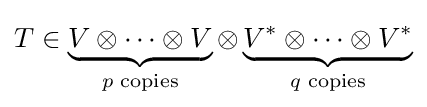
T\in \underbrace {V\otimes \dots \otimes V} _{p{\text{ copies}}}\otimes \underbrace {V^{*}\otimes \dots \otimes V^{*}} _{q{\text{ copies}}}